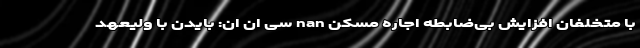
با متخلفان افزایش بی‌ضابطه اجاره مسکن nan سی ان ان: بایدن با ولیعهد